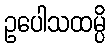
ဥပေါသထမ္ပိ